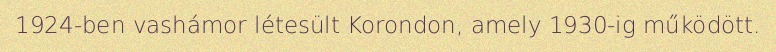
1924-ben vashámor létesült Korondon, amely 1930-ig működött.